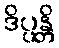
ဒိပ္ပန္တိ